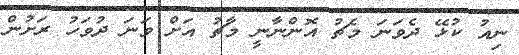
ނިއު ކުޅޭ ދެވަނަ މެޗު އޮންނާނީ މާޗު އަށް ވަނަ ދުވަހު ރަށުން